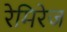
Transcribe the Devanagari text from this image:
रेमिरेज